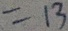
= 1 3